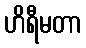
ဟိရီမတာ